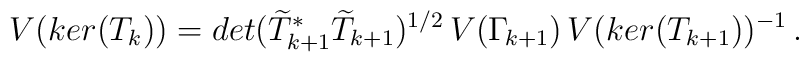
V(ker(T_k))=det(\widetilde{T}_{k+1}^*\widetilde{T}_{k+1})^{1/2}\,V(\Gamma_{\!k+1})\,V(ker(T_{k+1}))^{-1}\,.